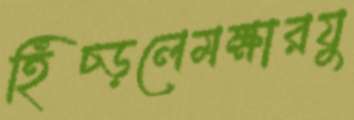
হিঁচ্‌ড়লেমক্ষারযু